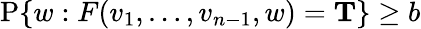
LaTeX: \operatorname{P}\{ w:F(v_{1},\ldots,v_{n-1},w)=\mathbf{T}\} \geq b